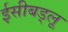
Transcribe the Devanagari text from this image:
ईसीबड्लू